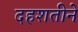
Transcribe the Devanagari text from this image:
दहशतीने